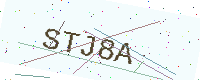
Text: STJ8A